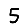
Digit: 5